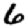
Digit: 6